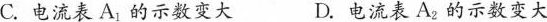
C.电流表A_{1}的示数变大 D.电流表A_{2}的示数变大